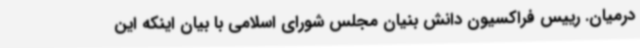
درمیان. رییس فراکسیون دانش بنیان مجلس شورای اسلامی با بیان اینکه این